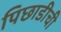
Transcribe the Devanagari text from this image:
पिछाडीची